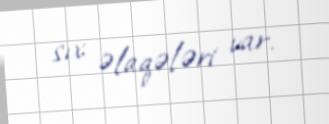
sıx əlaqələri var.